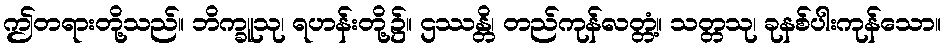
ဤတရားတို့သည်။ ဘိက္ခူသု၊ ရဟန်းတို့၌။ ဌဿန္တိ၊ တည်ကုန်လတ္တံ့။ သတ္တသု၊ ခုနစ်ပါးကုန်သော။